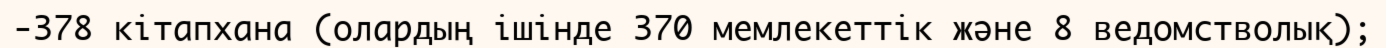
-378 кiтапхана (олардың iшiнде 370 мемлекеттiк және 8 ведомстволық);